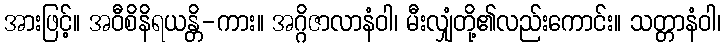
အားဖြင့်။ အဝီစိနိရယန္တိ-ကား။ အဂ္ဂိဇာလာနံဝါ၊ မီးလျှံတို့၏လည်းကောင်း။ သတ္တာနံဝါ၊